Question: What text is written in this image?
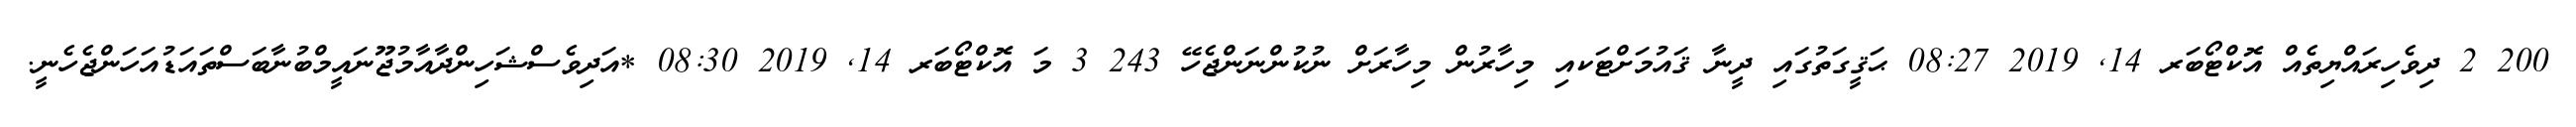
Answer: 200 2 ދިވެހިރައްޔިތެއް އޮކްޓޯބަރ 14, 2019 08:27 ޙަޤީގަތުގައި ދީނާ ޤައުމަށްޓަކއި މިހާރުން މިހާރަށް ނުކުންނަންޖެހޭ 243 3 މަ އޮކްޓޯބަރ 14, 2019 08:30 *އަދިވެސްޝަހިންދާއާމުޖޫނައީމްބުނާބަސްތައަޑުއަހަންޖެހެނީ.